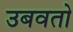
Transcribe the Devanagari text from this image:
उबवतो